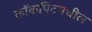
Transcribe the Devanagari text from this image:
कॉकपिटमधील